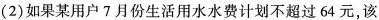
(2)如果某用户7月份生活用水水费计划不超过64元，